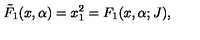
{ \tilde { F } } _ { 1 } ( x , \alpha ) = x _ { 1 } ^ { 2 } = F _ { 1 } ( x , \alpha ; J ) ,